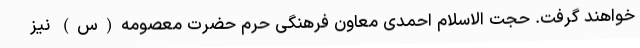
خواهند گرفت. حجت الاسلام احمدی معاون فرهنگی حرم حضرت معصومه(س) نیز